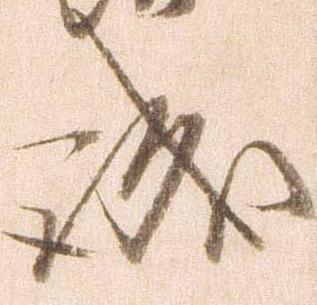
誠